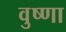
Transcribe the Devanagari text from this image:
वुष्णा